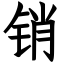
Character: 销